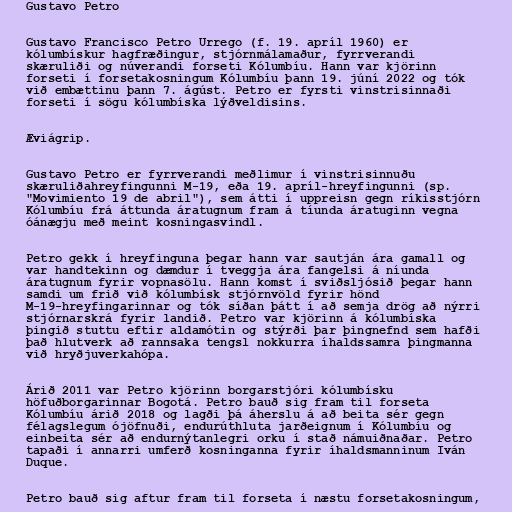
Gustavo Petro

Gustavo Francisco Petro Urrego (f. 19. apríl 1960) er
kólumbískur hagfræðingur, stjórnmálamaður, fyrrverandi
skæruliði og núverandi forseti Kólumbíu. Hann var kjörinn
forseti í forsetakosningum Kólumbíu þann 19. júní 2022 og tók
við embættinu þann 7. ágúst. Petro er fyrsti vinstrisinnaði
forseti í sögu kólumbíska lýðveldisins.

Æviágrip.

Gustavo Petro er fyrrverandi meðlimur í vinstrisinnuðu
skæruliðahreyfingunni M-19, eða 19. apríl-hreyfingunni (sp.
"Movimiento 19 de abril"), sem átti í uppreisn gegn ríkisstjórn
Kólumbíu frá áttunda áratugnum fram á tíunda áratuginn vegna
óánægju með meint kosningasvindl.

Petro gekk í hreyfinguna þegar hann var sautján ára gamall og
var handtekinn og dæmdur í tveggja ára fangelsi á níunda
áratugnum fyrir vopnasölu. Hann komst í sviðsljósið þegar hann
samdi um frið við kólumbísk stjórnvöld fyrir hönd
M-19-hreyfingarinnar og tók síðan þátt í að semja drög að nýrri
stjórnarskrá fyrir landið. Petro var kjörinn á kólumbíska
þingið stuttu eftir aldamótin og stýrði þar þingnefnd sem hafði
það hlutverk að rannsaka tengsl nokkurra íhaldssamra þingmanna
við hryðjuverkahópa.

Árið 2011 var Petro kjörinn borgarstjóri kólumbísku
höfuðborgarinnar Bogotá. Petro bauð sig fram til forseta
Kólumbíu árið 2018 og lagði þá áherslu á að beita sér gegn
félagslegum ójöfnuði, endurúthluta jarðeignum í Kólumbíu og
einbeita sér að endurnýtanlegri orku í stað námuiðnaðar. Petro
tapaði í annarri umferð kosninganna fyrir íhaldsmanninum Iván
Duque.

Petro bauð sig aftur fram til forseta í næstu forsetakosningum,